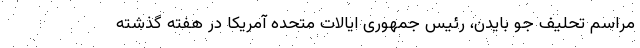
مراسم تحلیف جو بایدن، رئیس جمهوری ایالات متحده آمریکا در هفته گذشته